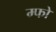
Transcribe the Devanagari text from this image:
म्फो